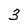
Character: 3